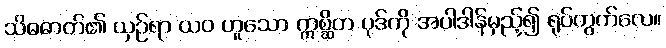
သိဓဓာတ်၏ ယှဉ်ရာ ယဝ ဟူသော ဣစ္ဆိတ ပုဒ်ကို အပါဒါန်မှည့်၍ ရုပ်တွက်လေ။